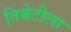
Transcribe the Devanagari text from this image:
तिबेटीला